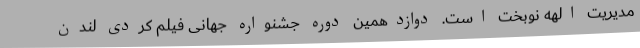
مدیریت الهه نوبخت است. دوازدهمين دوره جشنواره جهانی فيلم کُردی لندن